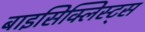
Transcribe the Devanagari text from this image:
बाइसिक्लिस्ट्स